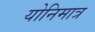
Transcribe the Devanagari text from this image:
योनिमात्र